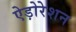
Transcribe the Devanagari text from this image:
ऐड़ोरेशन